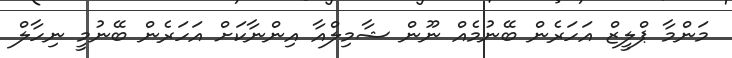
މަންމާ ޕްލީޒް އަހަރެން ބޭނުމެއް ނޫން ޝާމިލްއާ އިންނާކަށް އަހަރެން ބޭނުމީ ނިހާލް